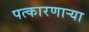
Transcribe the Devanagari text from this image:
पत्कारणाऱ्या